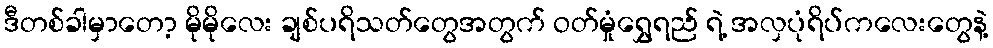
ဒီတစ်ခါမှာတော့ မိုမိုလေး ချစ်ပရိသတ်တွေအတွက် ဝတ်မှုံရွှေရည် ရဲ့ အလှပုံရိပ်ကလေးတွေနဲ့